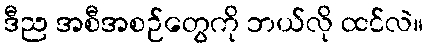
ဒီည အစီအစဉ်တွေကို ဘယ်လို ထင်လဲ။